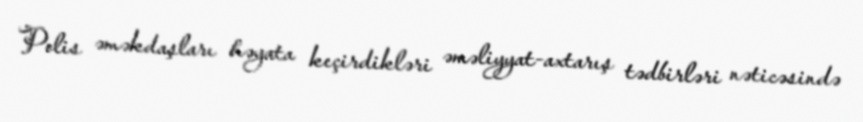
Polis əməkdaşları həyata keçirdikləri əməliyyat-axtarış tədbirləri nəticəsində